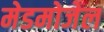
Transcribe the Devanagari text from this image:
मेडमोजेल